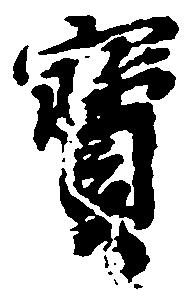
宝